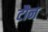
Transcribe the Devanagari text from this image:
टौन